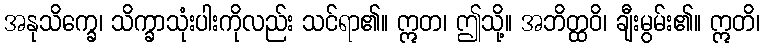
အနုသိက္ခေ၊ သိက္ခာသုံးပါးကိုလည်း သင်ရာ၏။ ဣတ၊ ဤသို့။ အဘိတ္ထဝိ၊ ချီးမွမ်း၏။ ဣတိ၊